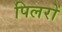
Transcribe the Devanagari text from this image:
पिलरों